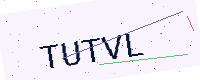
Text: TUTVL